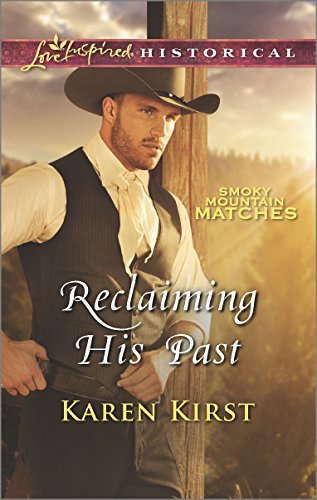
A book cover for Reclaiming His Past (Smoky Mountain Matches); Karen Kirst; Romance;